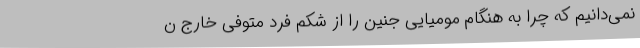
نمی‌دانیم که چرا به هنگام مومیایی جنین را از شکم فرد متوفی خارج ن